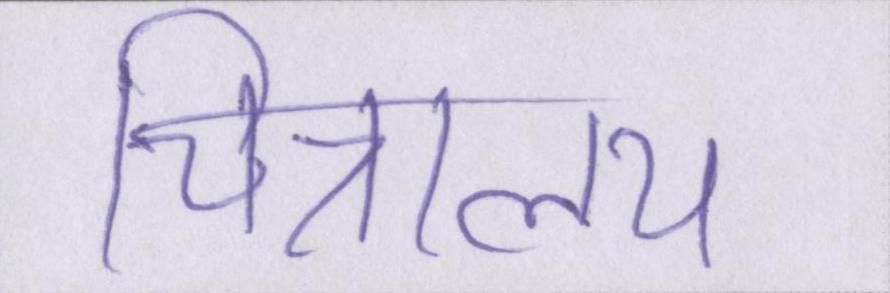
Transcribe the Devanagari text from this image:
चित्रालय